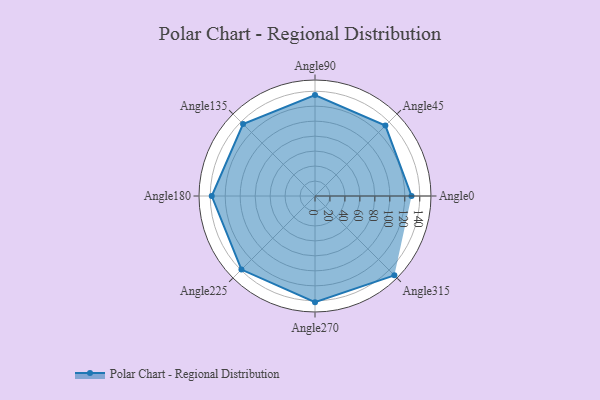
{"axis": {"x": "Angle", "y": "Radius"}, "legend": [""], "data": [{"x": "Angle0", "y": 129.0, "type": ""}, {"x": "Angle45", "y": 133.0, "type": ""}, {"x": "Angle90", "y": 135.0, "type": ""}, {"x": "Angle135", "y": 136.0, "type": ""}, {"x": "Angle180", "y": 138.0, "type": ""}, {"x": "Angle225", "y": 139.0, "type": ""}, {"x": "Angle270", "y": 142.0, "type": ""}, {"x": "Angle315", "y": 150.0, "type": ""}]}